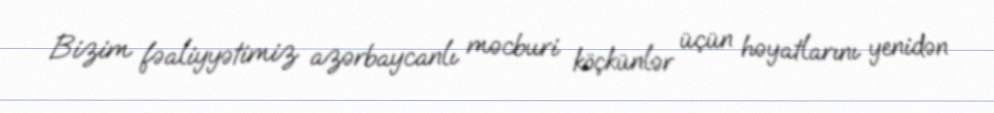
Bizim fəaliyyətimiz azərbaycanlı məcburi köçkünlər üçün həyatlarını yenidən